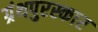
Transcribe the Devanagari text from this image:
ग्रंथपुरस्कार